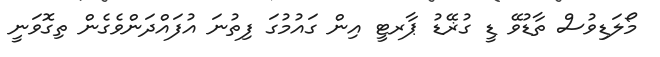
މޯލަޑިވުސް ތާޑުވޭ ޑީ ގުޜޭޑު ޕާރޓީ އިން ގައުމުގަ ފިތުނަ އުފައްދަންވެގެން ތިގޮވަނީ